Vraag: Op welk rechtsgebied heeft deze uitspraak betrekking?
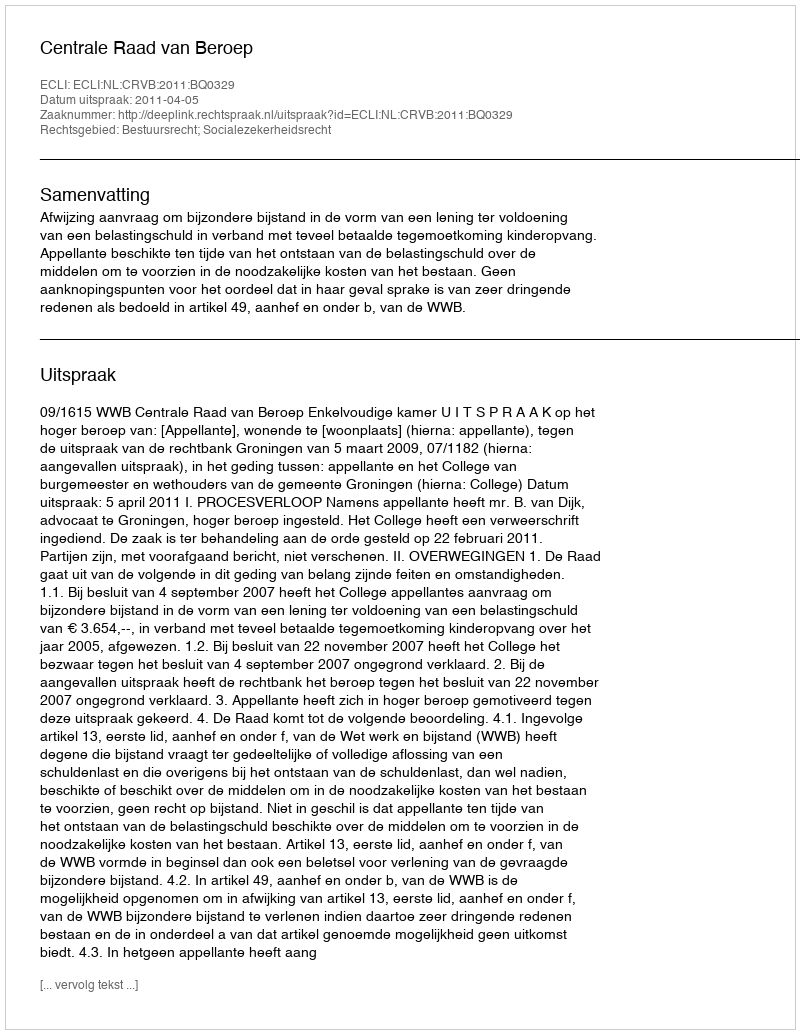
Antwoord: Bestuursrecht; Socialezekerheidsrecht